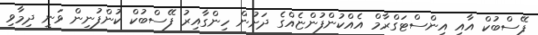
ފޭސްބުކް އާއި އިންސްޓަގްރާމް އެއްކުންފުންޏެއްގެ ދަށުން ހިންގާއިރު ފޭސްބުކް ކުންފުނިން ވަނީ ދިމާވި